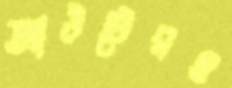
আউটেরও